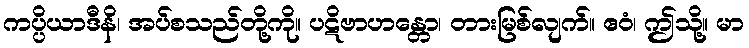
ကပ္ပိယာဒီနိ၊ အပ်စသည်တို့ကို။ ပဋိဗာဟန္တော၊ တားမြစ်လျက်။ ဧဝံ၊ ဤသို့။ မာ